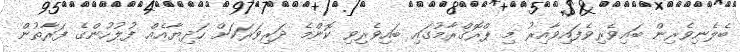
ބެލެނިވެރިން ބައިވެރިވެފައިވާއިރު މި ޕްރޮގްރާމުގައި ބައިވެރިވި ކޮންމެ ދަރިވަރަކަށް ހަދިޔާއެއް ފުލުހުންގެ ފަރާތުން